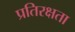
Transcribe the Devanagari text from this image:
प्रतिरक्षता